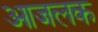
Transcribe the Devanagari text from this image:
आजलक